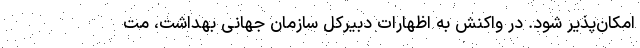
امکان‌پذیر شود. در واکنش به اظهارات دبیرکل سازمان جهانی بهداشت، مت